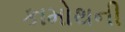
કામોથની